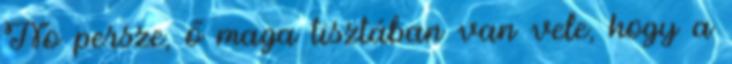
No persze, ő maga tisztában van vele, hogy a